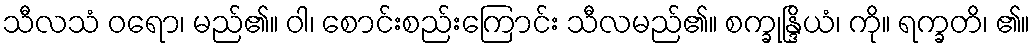
သီလသံ ဝရော၊ မည်၏။ ဝါ၊ စောင်းစည်းကြောင်း သီလမည်၏။ စက္ခုန္ဒြိယံ၊ ကို။ ရက္ခတိ၊ ၏။